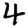
Digit: 4